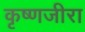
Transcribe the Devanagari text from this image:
कृष्णजीरा